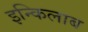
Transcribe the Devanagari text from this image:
इन्किलाब